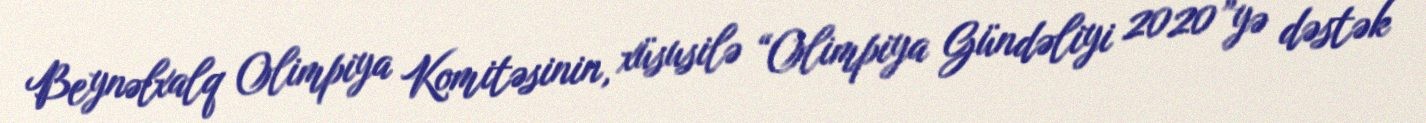
Beynəlxalq Olimpiya Komitəsinin, xüsusilə “Olimpiya Gündəliyi 2020”yə dəstək